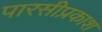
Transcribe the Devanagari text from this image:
पारसीप्रकाश